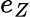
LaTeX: e_{Z}